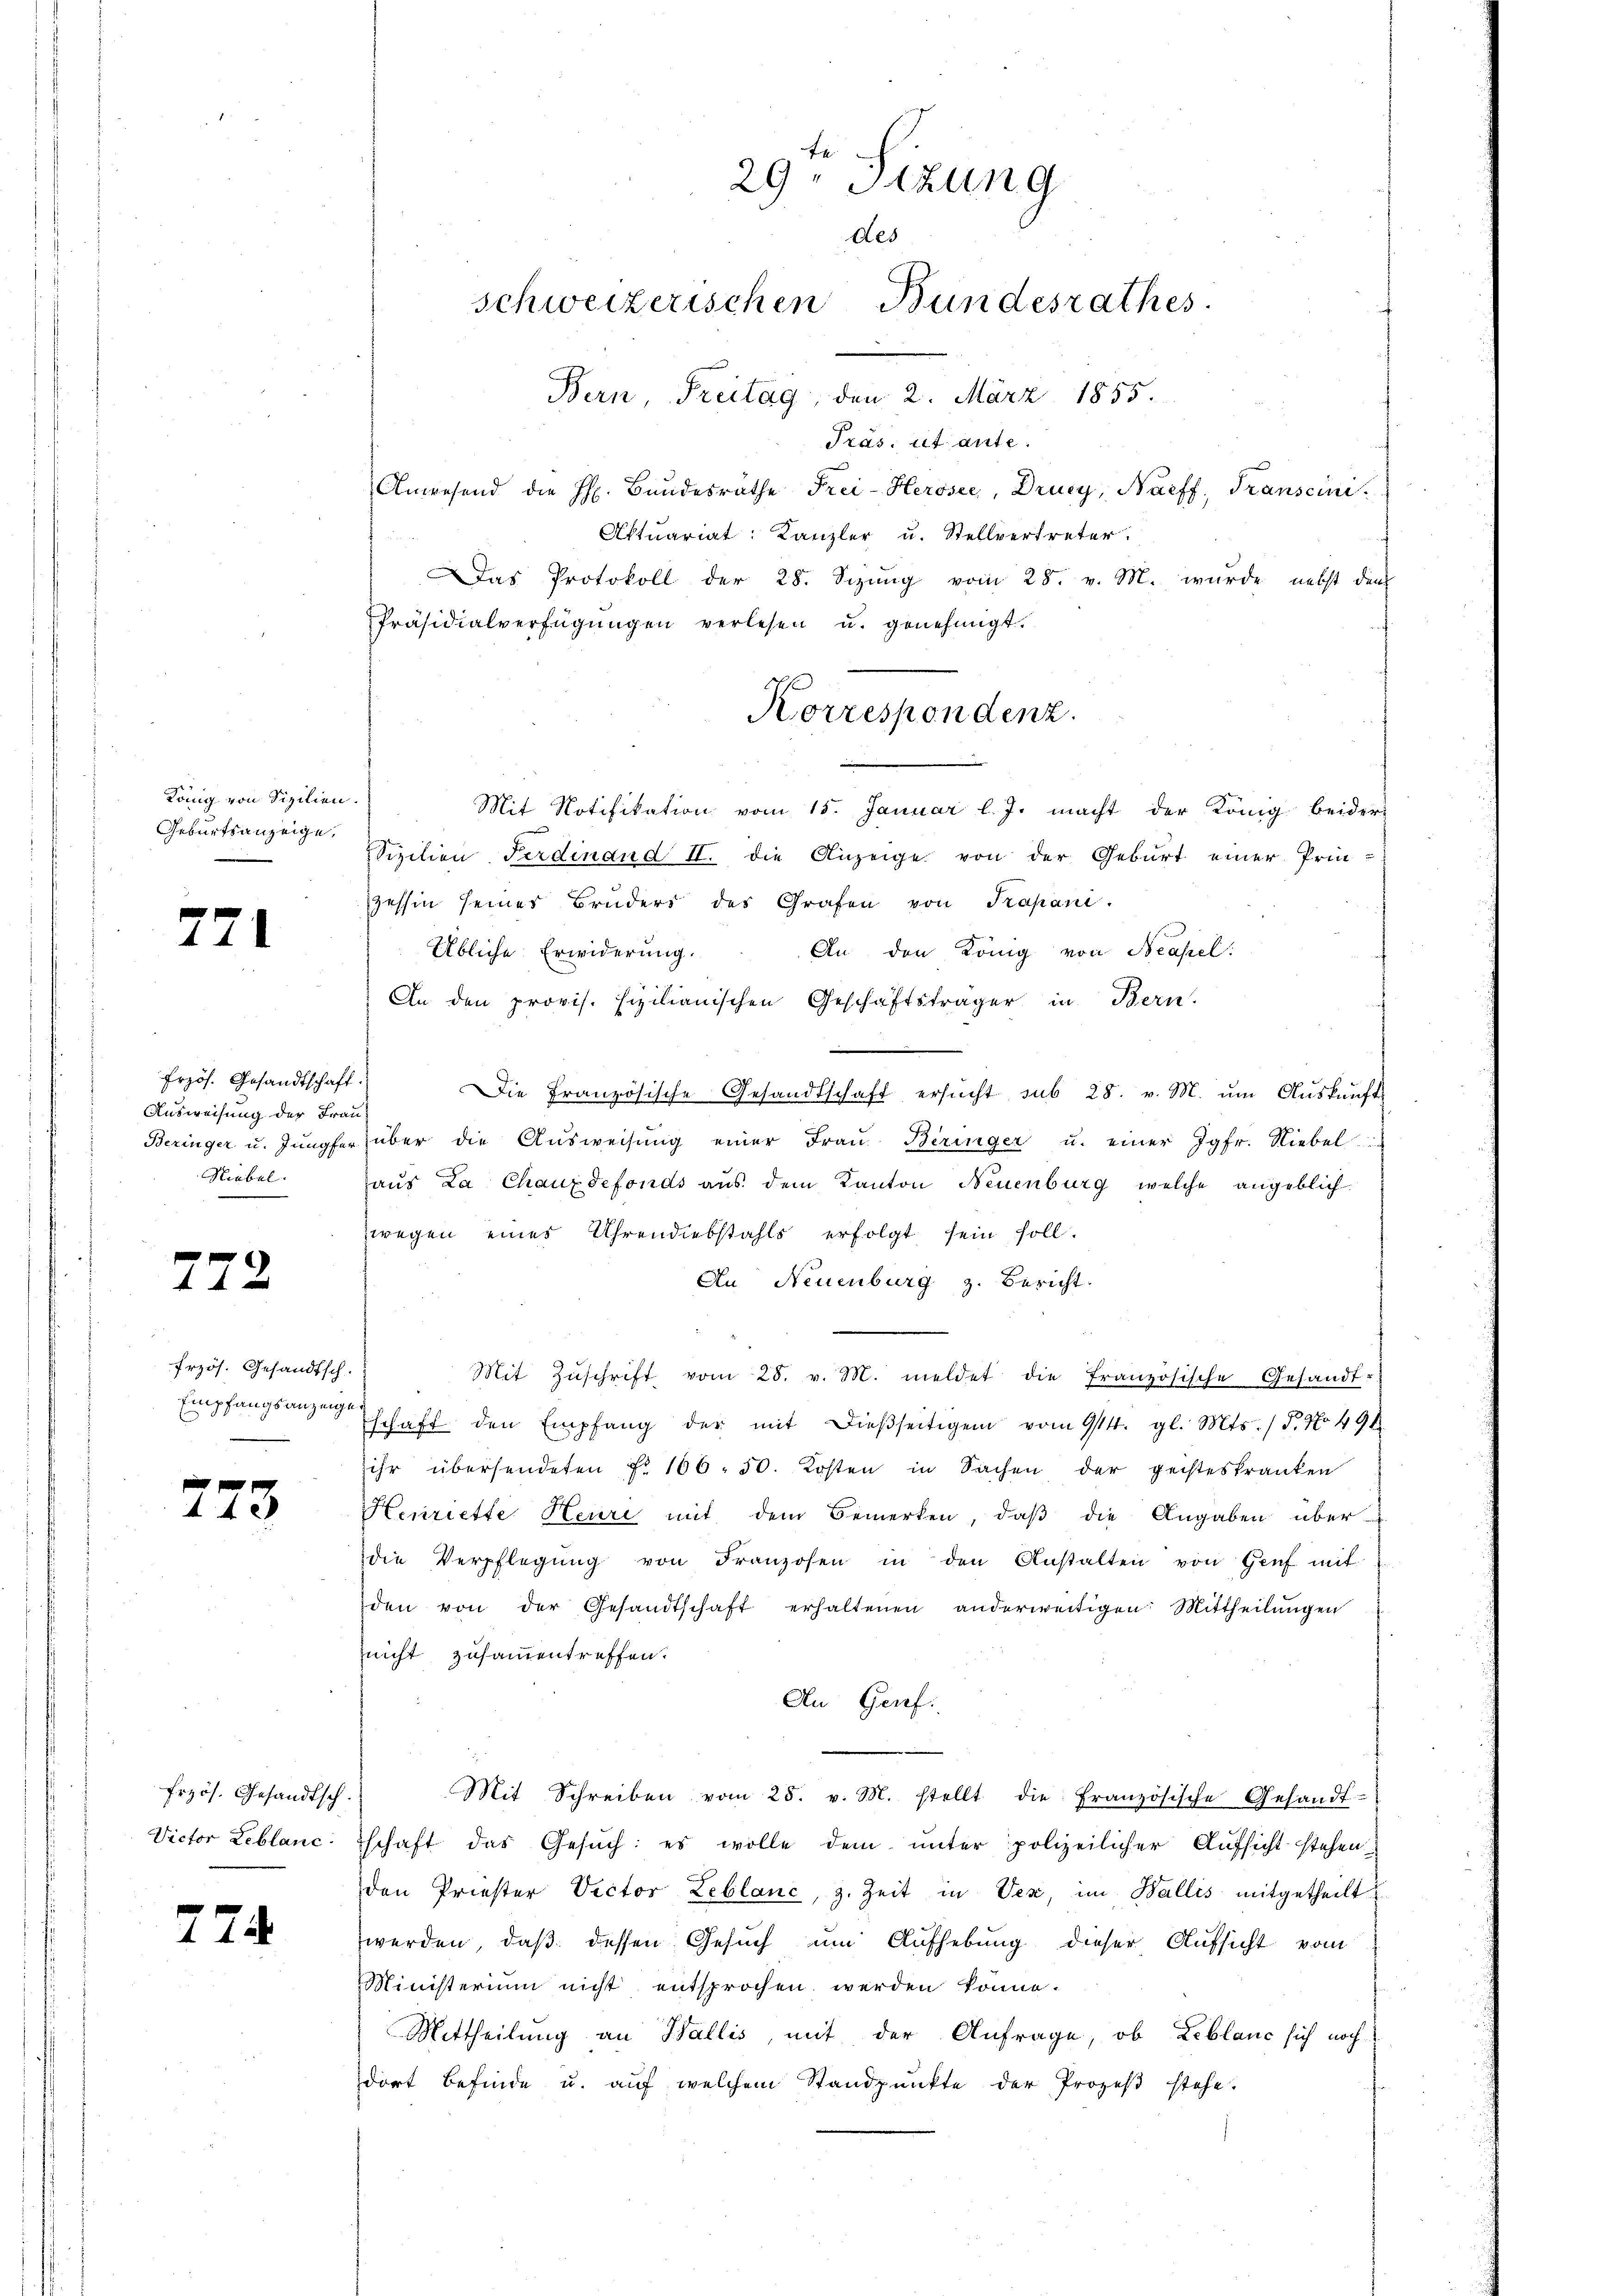
König von Sizilien.
Geburtsanzeige,

771

Frzös. Gesandtschaft.
Ausweisung der Frau
Niebel.

772

frzös. Gesandtsch.
Empfangsanzeige

773

frzös. Gesandtsch.
Victor Reblanc

274

Das Protokoll der 28. Sizung vom 28. v. M. wurde nebst dem
Präsidialverfügŭngen verlesen u. genehmigt.
Mit Notifikation vom 15. Januar l. J. macht der König beider
Sizilien Ferdinand II. die Anzeige von der Geburt einer Prin-
zessin seines Bruders des Grafen von Trapani.
Übliche Erwiderŭng. An den König von Neapel:
An den provis. Eizilianischen Geschäftsträger in Bern.
Die Französische Gesandtschaft ersucht sub 28. v. M. um Auskunft
Beringer u. Jŭngfer über die Aŭsweisŭng einer Fraŭ Biringer u. einer Jgfr. Niebel
Haus La Chauxdefonds aus dem Kanton Neuenburg, welche angeblich
zwegen eines Uhrendiebstahls erfolgt sein soll.
An Neuenburg z. Bericht.
Mit Zŭschrift vom 28. v. M. meldet die französische Gesandt-
schaft den Empfang der mit dieβseitigen vom 914. gl. Mts. / 5. No 494
ihr übersendeten No 106. 50. Kosten in Sachen der geisteskranken
Henriette Heure mit dem Bemerken, daß die Angaben über
die Verpflegŭng von Franzosen in den Anstalten von Genf mit
den von der Gesandtschaft erhaltenen anderweitigen Mittheilungen
nicht zusammentreffen.
An Genf.
r
Mit Schreiben vom 25. v. M. stellt die französische Gesandt-
schaft des Gesuch: es wolle dem unter polizeilicher Aufsicht stehen
den Priester Victor Leblanc, z. Zeit in Vex, im Wallis mitgetheilt
werden, daß dessen Gesuch um Aufhebung dieser Aufsicht vom
Ministerium nicht entsprochen werden könne.
Mittheilung an Wallis, mit der Anfrage, ob Zeblanc sich noch
dort befinde u. auf welchem Standpunkte der Prozeβ stehe.

fe
29. Sizung
des
schweizerischen Bundesrathes
Bern Freitag, den 2. März 1855.
Präs. ist ante.
Anwesend die h. Bundesräthe Frei-Herosee, Drucy, Naeff, Transcini¬
Aktuariat: Kanzler u. Stellvertreter.

Korrespondenz.